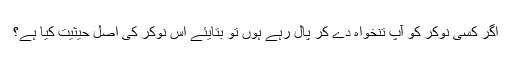
اگر کسی نوکر کو آپ تنخواہ دے کر پال رہے ہوں تو بتایئے اس نوکر کی اصل حیثیت کیا ہے؟